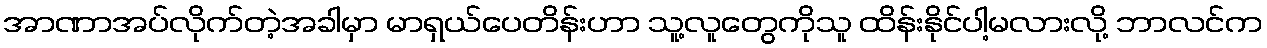
အာဏာအပ်လိုက်တဲ့အခါမှာ မာရှယ်ပေတိန်းဟာ သူ့လူတွေကိုသူ ထိန်းနိုင်ပါ့မလားလို့ ဘာလင်က